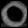
Digit: ၀